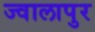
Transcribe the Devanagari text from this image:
ज्‍वालापुर